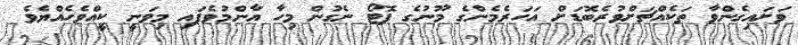
ވަށައިގެންވާ ތަކެެއްޗަށްވުރެބޮޑަށް އަހަރެމެންގެ މޫނުގެ ފޮޓޯ ނެގުން މިހާ އާންމުވެފައި މިވަނީ ކީއްވެހެއްޔެވެ